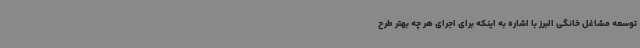
توسعه مشاغل خانگی البرز با اشاره به اینکه برای اجرای هر چه بهتر طرح